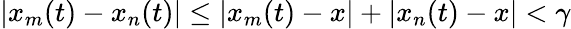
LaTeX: |x_{m}(t)-x_{n}(t)|\leq|x_{m}(t)-x|+|x_{n}(t)-x|<\gamma